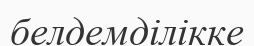
белдемділікке